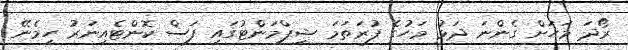
ރޯދަ މަހަށް ގެންނަ ދަޅު މަހުގެ ފުރަތަމަ ޝިޕްމަންޓުގައި ފަސް ކޮންޓެއިނަރު ހިމެނޭ